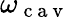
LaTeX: \omega_{\mathrm{~c~a~v~}}